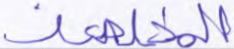
المخلصين